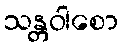
သန္တဝါစော